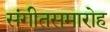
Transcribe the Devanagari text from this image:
संगीतसमारोह